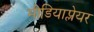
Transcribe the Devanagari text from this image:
मीडियाप्लेयर